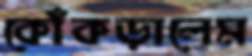
কোঁকড়ালেম